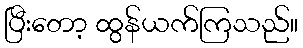
ပြီးတော့ ထွန်ယက်ကြသည်။